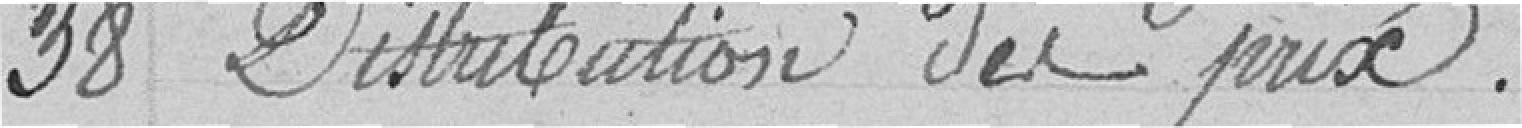
38 Distribution du prix.